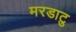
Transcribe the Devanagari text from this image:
मरडाटु